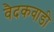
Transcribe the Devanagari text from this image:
वैदकवाडी